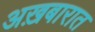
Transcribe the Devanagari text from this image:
अख़बारात